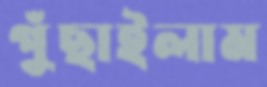
পুঁছাইলাম